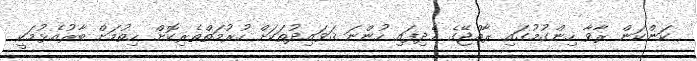
ކަންކަން ރާވާ ހިންގުމުގައި ރާއްޖޭގެ ހެދިފައި ހުންނަ ޤަވައިދުތަކަށް ހުރުމަތްތެރިކޮށް ހިތުމަށް ބާރުއެޅުމަކީ